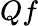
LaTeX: Qf